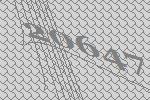
20647